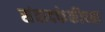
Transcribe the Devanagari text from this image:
संवादफेकीच्या